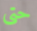
حتى